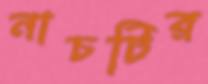
নাচটির